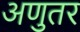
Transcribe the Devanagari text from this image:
अणुतर